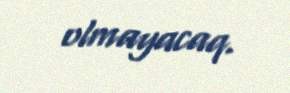
olmayacaq.